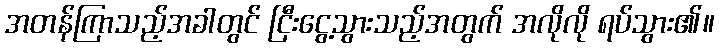
အတန်ကြာသည့်အခါတွင် ငြီးငွေ့သွားသည့်အတွက် အလိုလို ရပ်သွား၏။